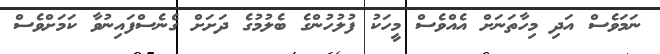
ނަމަވެސް އަދި މިހާތަނަށް އެއްވެސް މީހަކު ފުލުހުންގެ ބެލުމުގެ ދަށަށް ގެނެސްފައިނުވާ ކަމަށްވެސް